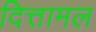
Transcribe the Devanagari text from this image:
दित्तामल